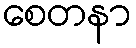
စေတနာ